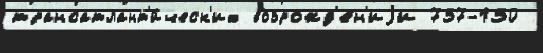
трансатлант'и́ческ'их возрожд'е́н'иjи 737-130